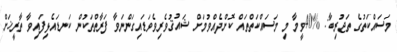
މަސައްކަތުގެ ތަޖުރިބާ: %40ވީމާ މި މަސައްކަތްތައް ކޮށްދެއްވުމަށް ޝައުޤުވެރިވެވަޑައިގަންނަވާ ފަރާތްތަކުން ކަނޑައެޅިފައިވާ ތާރީޚަށް